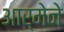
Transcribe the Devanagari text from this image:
आर्मेने